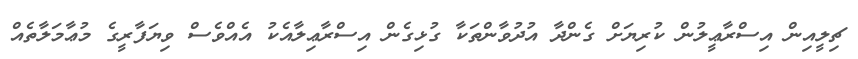
ޗިލީއިން އިސްރާޢީލުން ކުރިޔަށް ގެންދާ އުދުވާންތަކާ ގުޅިގެން އިސްރާޢިލާއެކު އެއްވެސް ވިޔަފާރީގެ މުޢާމަލާތެއް